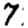
Digit: 7